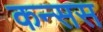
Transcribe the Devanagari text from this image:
कन्सस